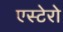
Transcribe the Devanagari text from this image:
एस्टेरो